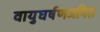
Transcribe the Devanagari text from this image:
वायुघर्षणजनित